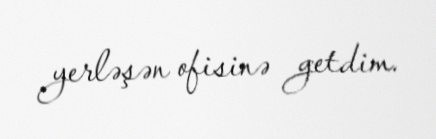
yerləşən ofisinə getdim.